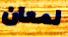
لمعان